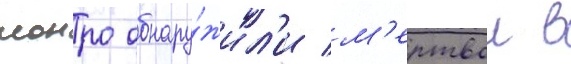
монро обнару́жил'и м'ертвои в